Rapla_vallavalitsus, lk 34
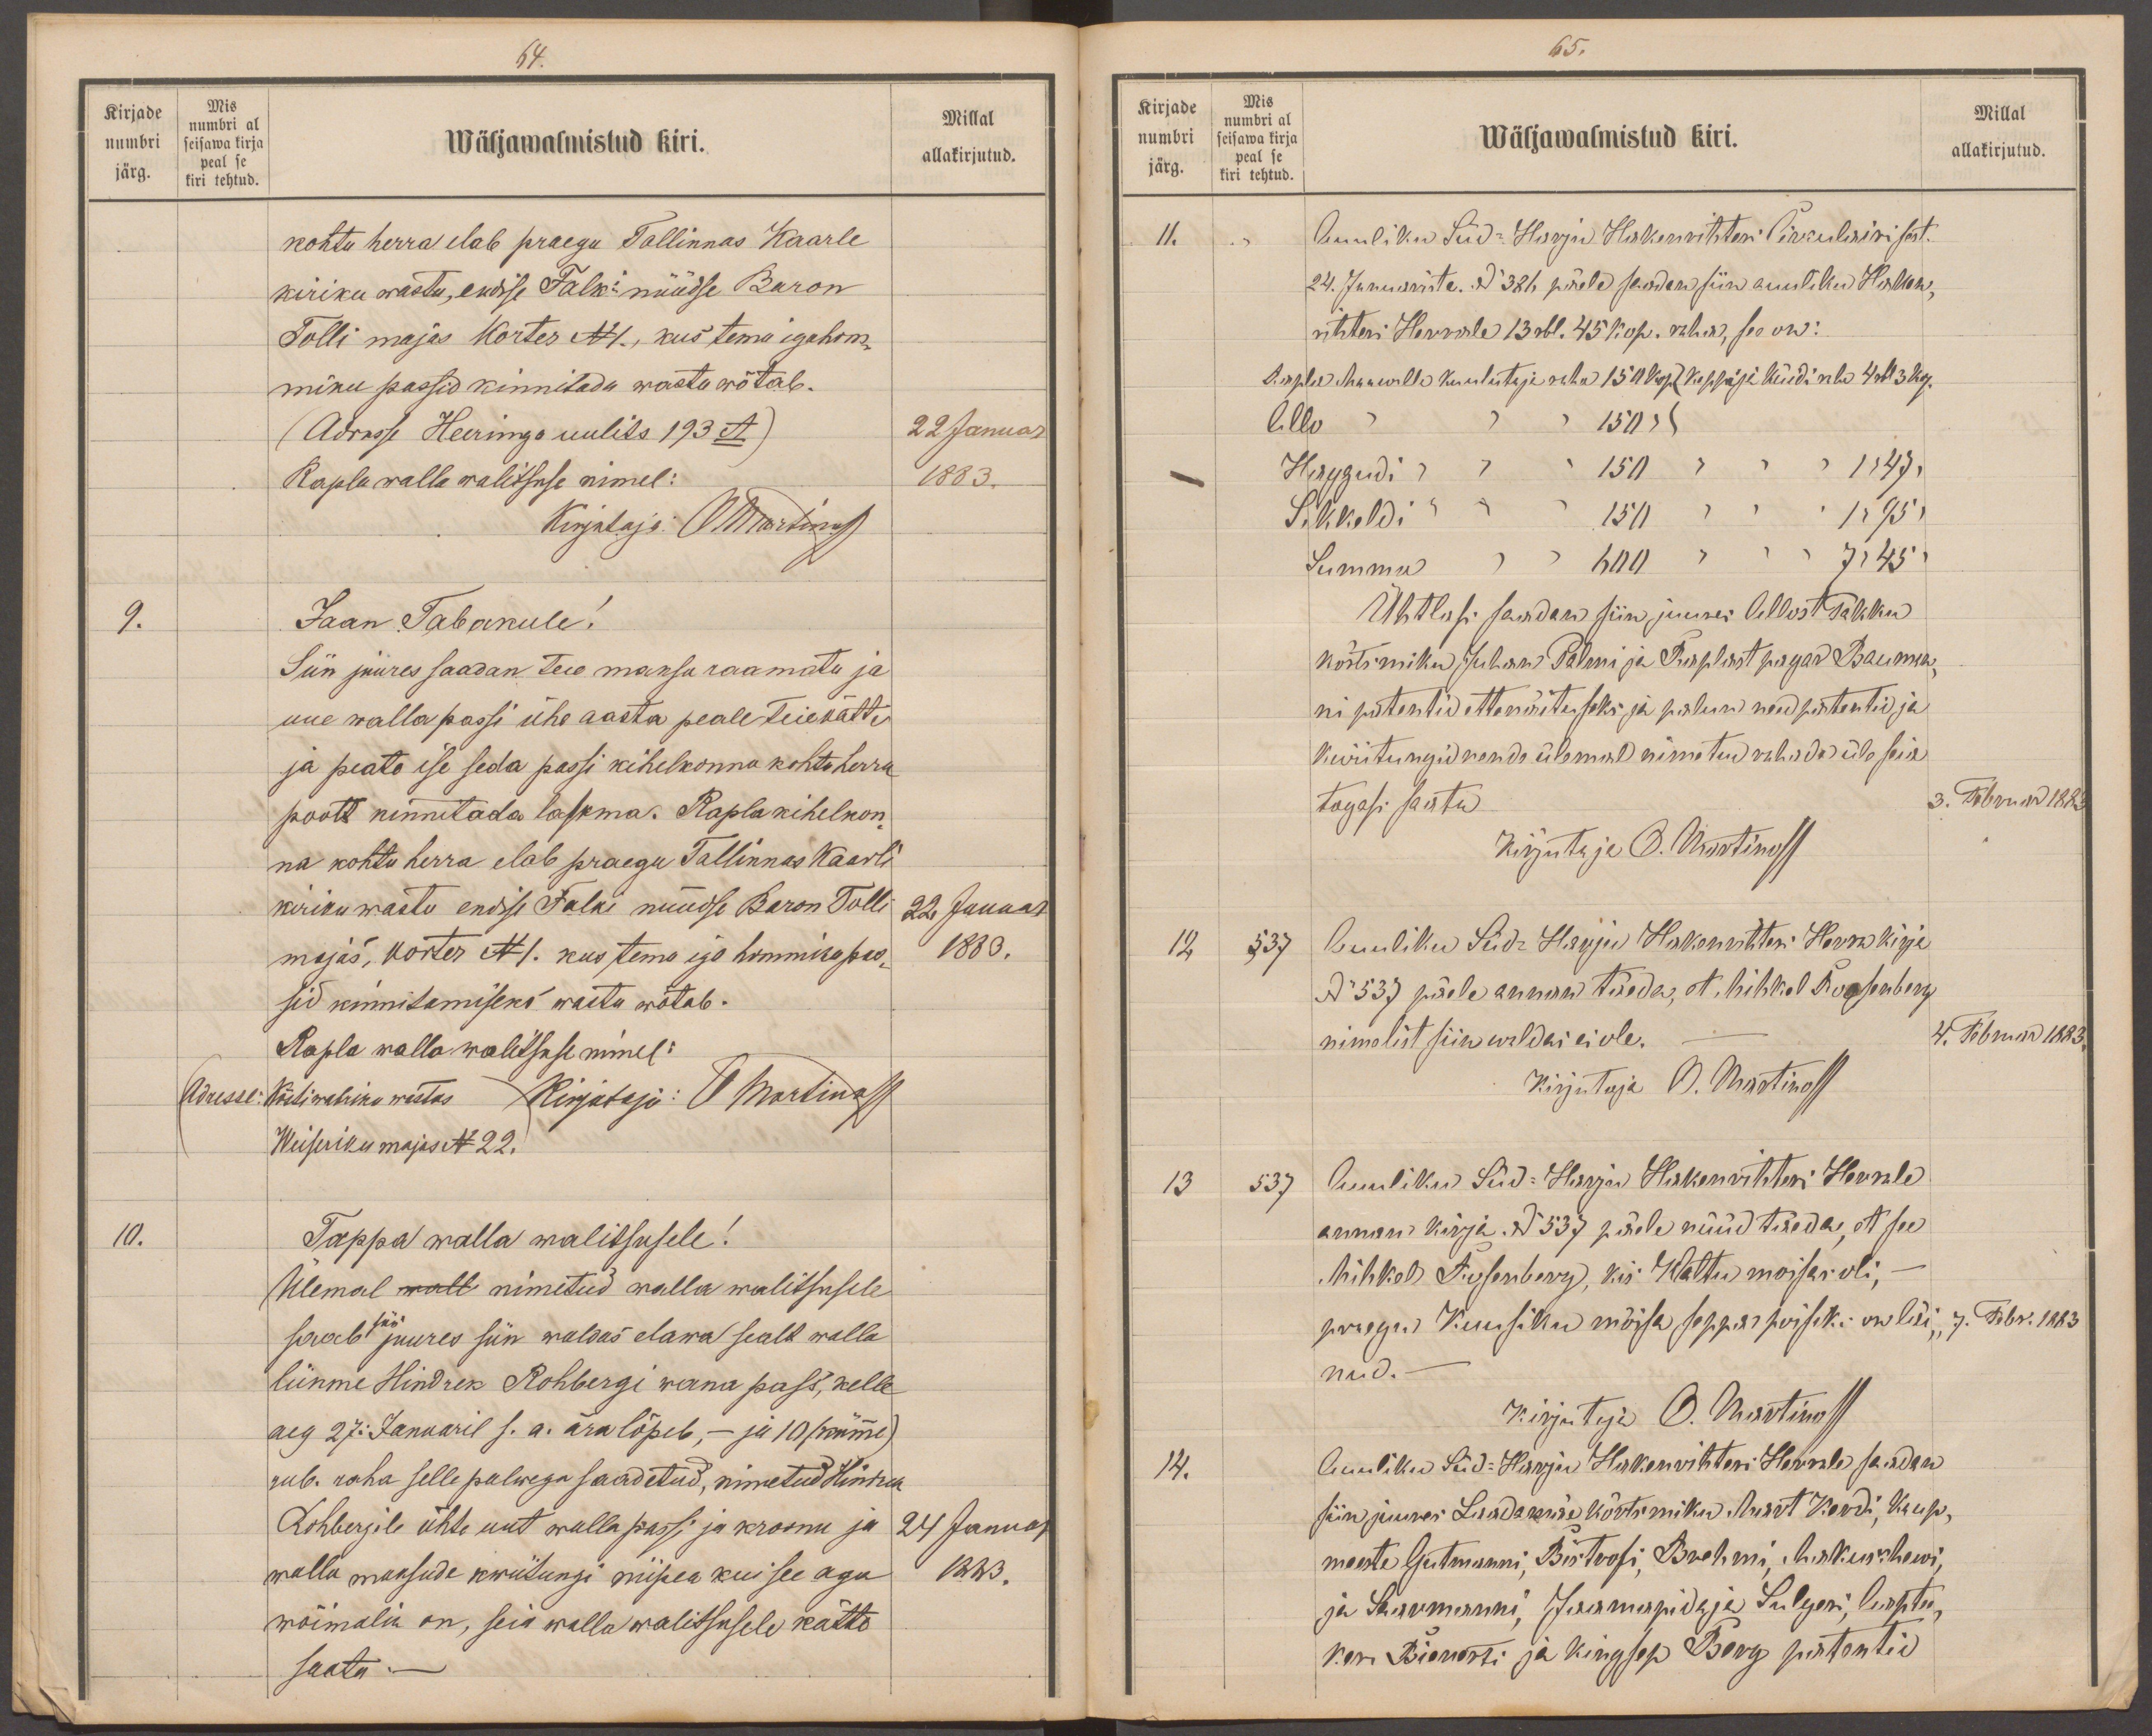
64.
Kirjade
Mis
numbri al
numbri seisawa kirja
Wäljawalmistud kiri.
Millal
järg.
peal se
kiri tehtud.
allakirjutud.
kohtu herra elab praegu Tallinnas Kaarle
kiriku wastu, endise Falki nüüdse Baron
Tolli majas Korter No1., kus tema igahom-
miku passid kinnitada wastu wõtab.
(Adresse Heeringa uulits 193 A.)
22 Januar
Rapla walla walitsuse nimel:
1883.
Kirjutaja: O.Martinoff
9. Jaan Tabakule!
Siin juures saadan teie maksu raamatu ja
uue walla passi ühe aasta peale Teie kätte
ja peate ise seda passi kihelkonna kohtu herra
poolt kinnitada laskma. Rapla kihelkon-
na kohtu herra elab praegu Tallinnas Kaarli
kiriku wastu endise Falki nüüdse Baron Tolli
22 Januar
majas, korter No1. kus tema iga hommiku pes-
1883.
sid kinnitamiseks wastu wõtab.
Rapla walla walitsuse nimel:
(Adresse: Köstiwabriku wastas ) Kirjutaja: O Martinoff
Weiseriku majas No 22.
10. Tappa walla walitsusele!
Ülemal wall nimetud walla walitsusele
sää
saab juures siin waldas elawa sealt walla
liikme Hindrek Rohbergi wana pass, kelle
aeg 27. Januaril s. a. ära lõpeb, - ja 10 (kümme)
rub. raha selle palwega saadetud, nimetud Hindrek
Rohbergile ühte uut walla passi ja kroonu ja
24 Januar
walla maksude kwiitungi niipea kui see aga
1883.
wõimalik on, seia walla walitsusele kätte
saata. -

65.
Kirjade Mis
Millal
numbri
numbri al
seisawa kirja
Wäljawalmistud kiri.
järg.
peal se
kiri tehtud
allakirjutud.
Auuliku Süd-Harju Hakenrihteri Cirkulairi sest.
24. Januariste. No 386 järele saadan siin auuliku Haken-
rihteri Herrale 13 rbl. 45 kop. raha, see on:
Rapla Maawalla kuulutaja raha 150 kop. kassa ja küidi raha 4 rbl. 3 kop.
Allo " " " 150 " (
Hagudi: " " " 150 " "  " 1 " 47 "
Sikkeldi " " " 150 " "  " 1 " 95 "
Summa " " " 600 " "  " 7 " 45 "
Ühtlusi saadan siin juures Allost Takku
kõrtsmiku Juhan Palmi ja Raplast pagar Bauman-
ni patentid ettanäituseks ja palud need patentid ja
kwiitungid nende ülemal nimetud rahade üle seia
tagasi saata
3. Februar 1883.
Kirjutaja O. Martinoff
12 537 Auuliku Süd-Harju Hakenrihteri Herra kirja 12
No 537 päele annan täeda, et Mihkel Roosenberg
nimelist siin waldas ei ole.
4. Februar 1883.
Kirjutaja A. Martinoff
13 537 Auuliku-Süd: Harju Hakerihteri Herrale
annan kirja No 537 järele nüüd täeda, et see
Mihkel Ausenberg, kis Waltu moisas oli,
praegu. Kuusiku mõisa seppa poisiks on läi-
7. Febr. 1883
nud. -
Kirjutaja A. Martinoff
14. Auuliku Süd-Harju Hakenrihteri Herrale saadan
siin juures Laadamäe kõrtsmiku Mart Kordi, Kaup
meeste Gutmanni, Bistrofi, Brehmi, Makus?hewi,
ja Saarmanni, Jaamapidaja Sulgeri, Aaptee-
ker Bienerti ja kingsep Berg patentid.